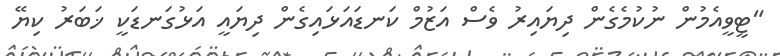
"ޓީވީއެމުން ނުކުމެގެން ދިޔައިރު ވެސް އަޒުމް ކަނޑައަޅައިގެން ދިޔައީ އަޅުގަނޑަކީ ޚަބަރު ކިޔޭ